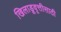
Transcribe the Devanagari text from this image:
खिलाडूवृत्तीसाठी